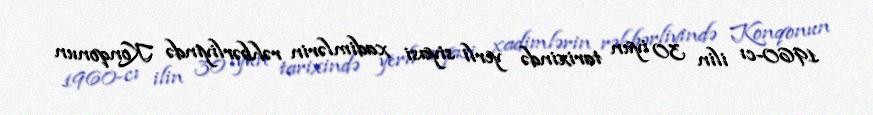
1960-cı ilin 30 iyun tarixində yerli siyasi xadimlərin rəhbərliyində Konqonun